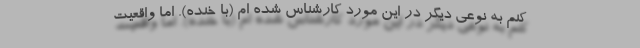
کنم به نوعی دیگر در این مورد کارشناس شده ام (با خنده). اما واقعیت